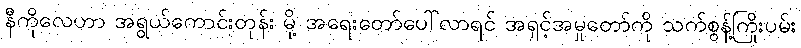
နီကိုလေဟာ အရွယ်ကောင်းတုန်း မို့ အရေးတော်ပေါ်လာရင် အရှင့်အမှုတော်ကို သက်စွန့်ကြိုးပမ်း